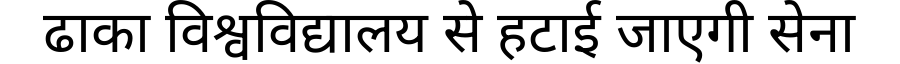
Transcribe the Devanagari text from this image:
ढाका विश्वविद्यालय से हटाई जाएगी सेना